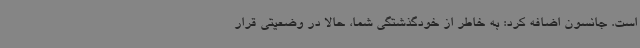
است. جانسون اضافه کرد:‌ به خاطر از خودگذشتگی شما، حالا در وضعیتی قرار